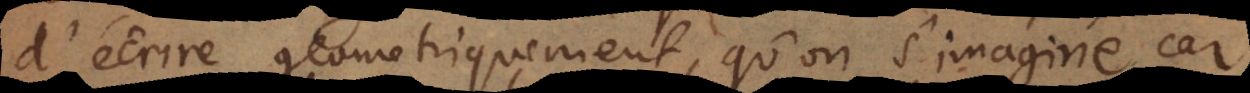
d’écrire geometriquement, qu’on s’imagine, car